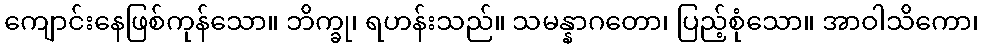
ကျောင်းနေဖြစ်ကုန်သော။ ဘိက္ခု၊ ရဟန်းသည်။ သမန္နာဂတော၊ ပြည့်စုံသော။ အာဝါသိကော၊